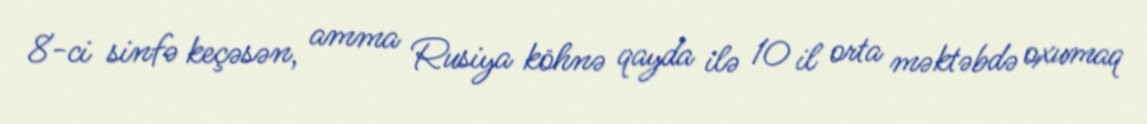
8-ci sinfə keçəsən, amma Rusiya köhnə qayda ilə 10 il orta məktəbdə oxumaq